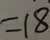
= 1 8